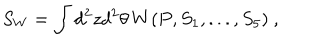
S _ { W } = \int d ^ { 2 } z d ^ { 2 } \theta \, W ( P , S _ { 1 } , . . . , S _ { 5 } ) ~ ,